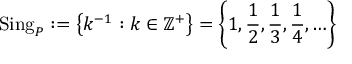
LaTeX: \operatorname { S i n g } _ { P } : = \left\{ k ^ { - 1 } : k \in \mathbb { Z } ^ { + } \right\} = \left\{ 1 , { \frac { 1 } { 2 } } , { \frac { 1 } { 3 } } , { \frac { 1 } { 4 } } , \ldots \right\}